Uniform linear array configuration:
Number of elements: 24
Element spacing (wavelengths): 0.25
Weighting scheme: kaiser
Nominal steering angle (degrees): -60
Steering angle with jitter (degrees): -58.052
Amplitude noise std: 0.05
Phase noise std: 0.05

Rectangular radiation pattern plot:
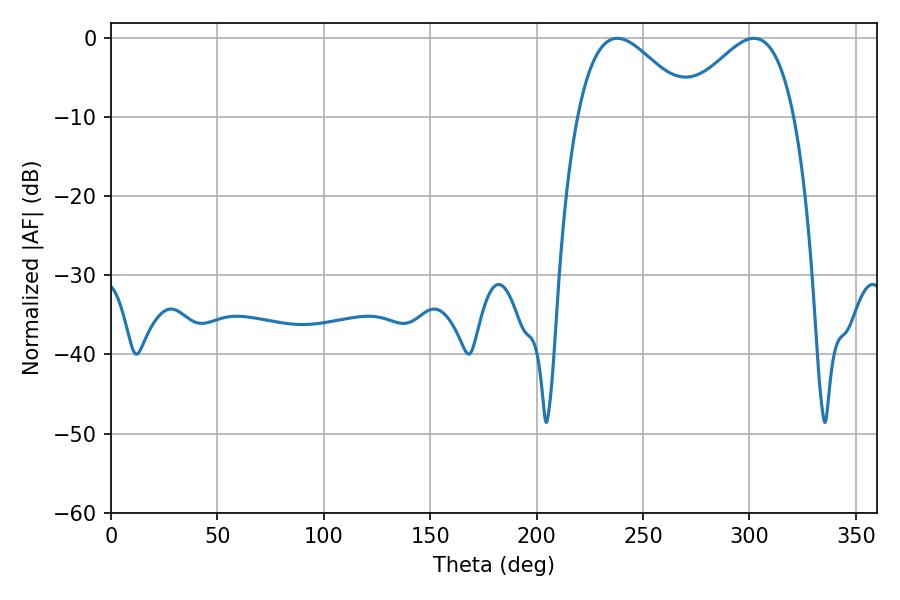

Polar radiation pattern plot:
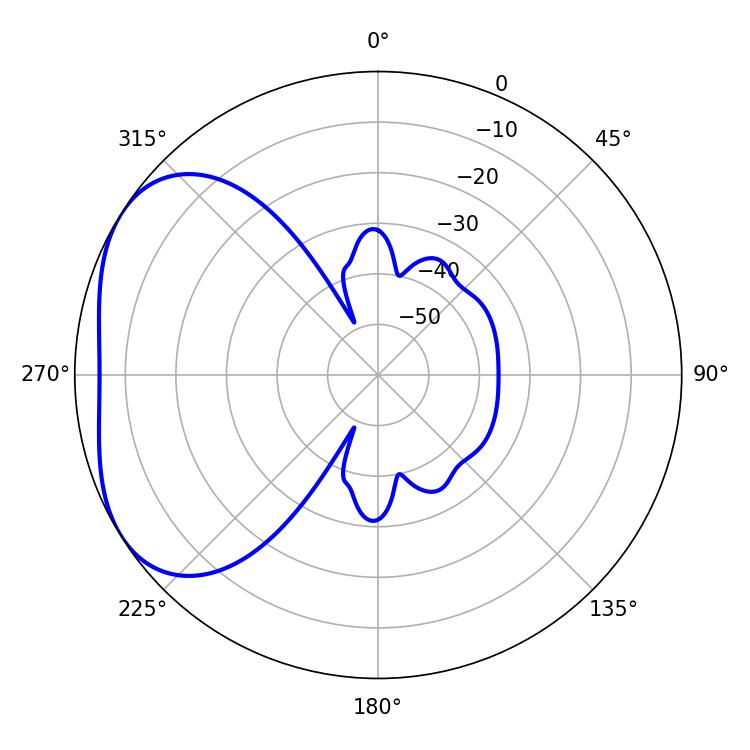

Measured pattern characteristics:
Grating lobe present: FALSE
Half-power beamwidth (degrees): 28.8
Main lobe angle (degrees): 237.96